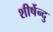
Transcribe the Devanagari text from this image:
शीर्षेन्दु